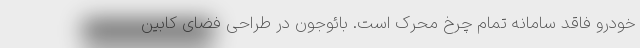
خودرو فاقد سامانه تمام چرخ محرک است. بائوجون در طراحی فضای کابین